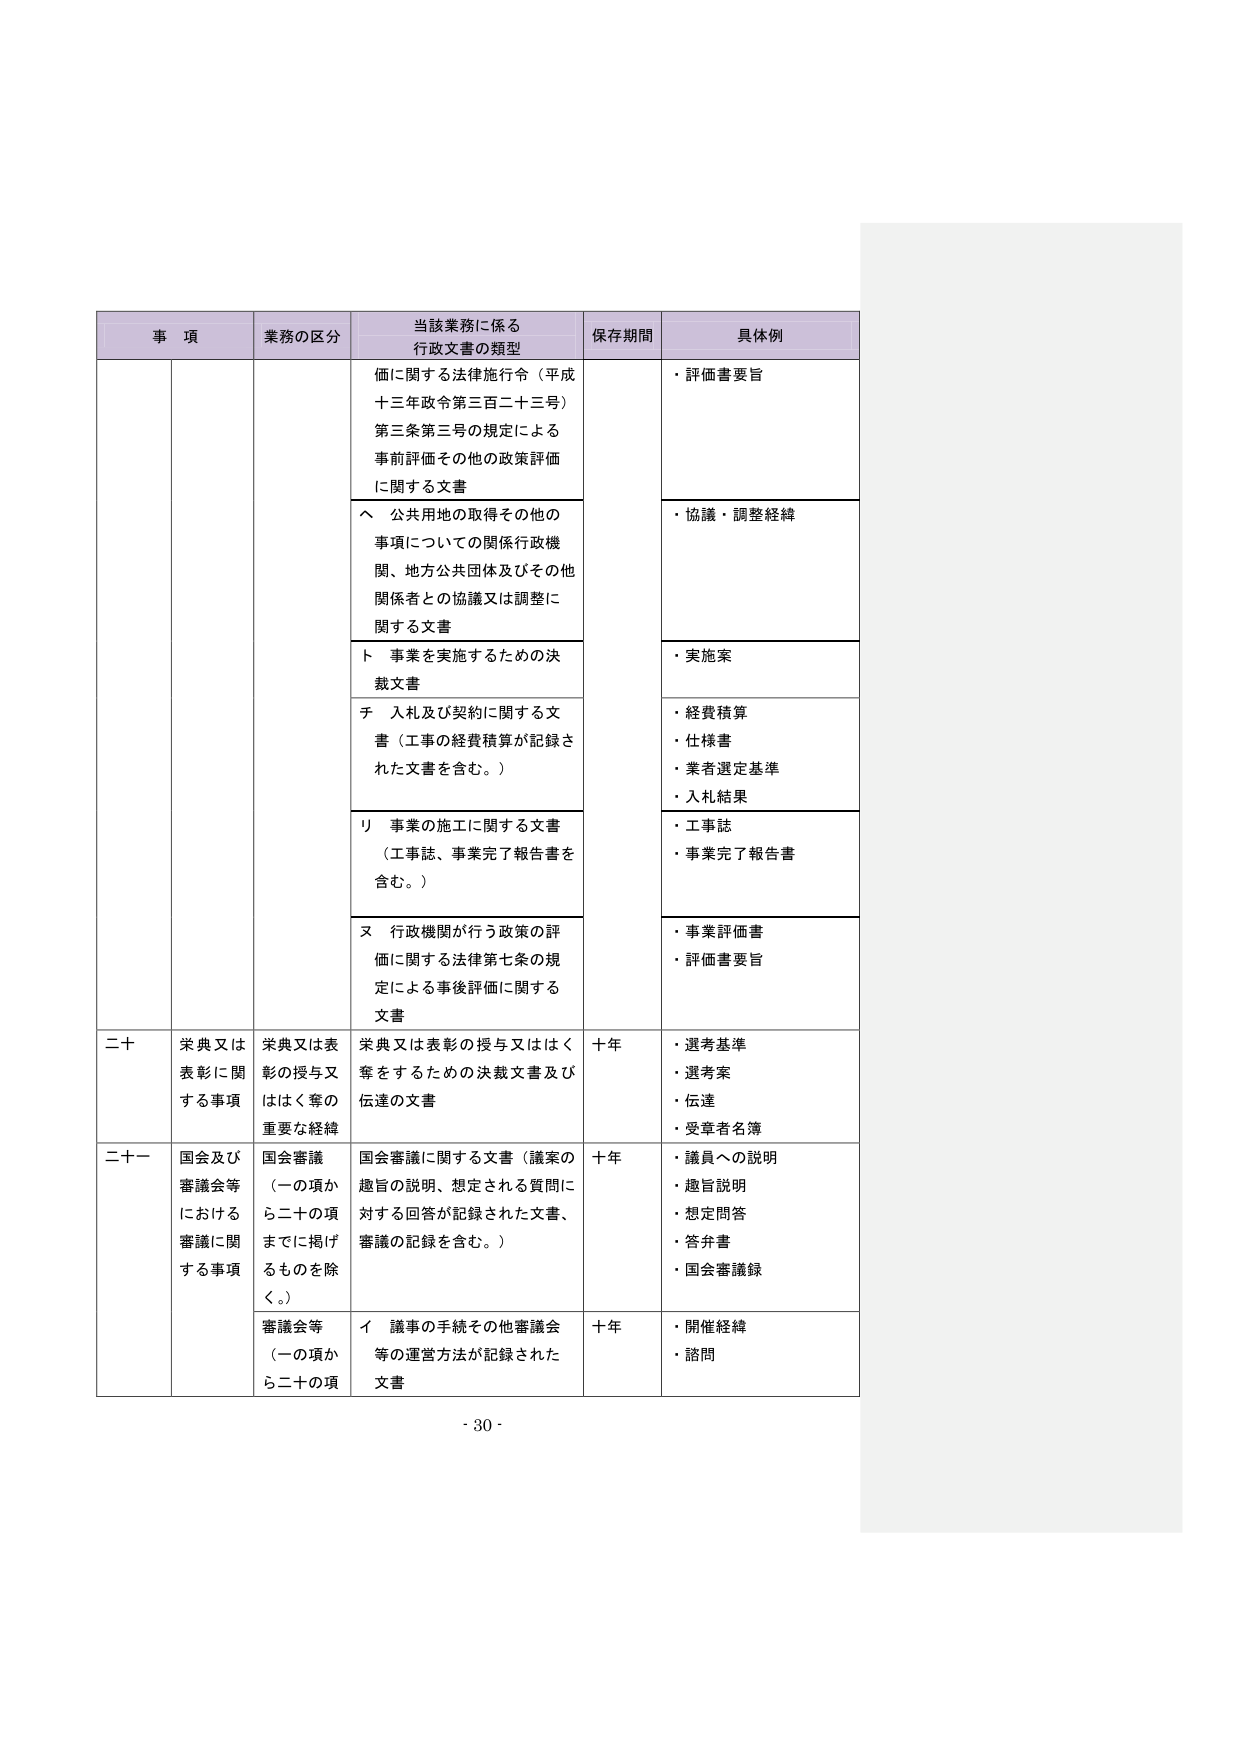
事 項 業務の区分 当該業務に係る 行政文書の類型 保存期間 具体例 価に関する法律施行令（平成 十三年政令第三百二十三号） 第三条第三号の規定による 事前評価その他の政策評価 に関する文書 ・評価書要旨 へ 公共用地の取得その他の 事項についての関係行政機 関、地方公共団体及びその他 関係者との協議又は調整に 関する文書 ・協議・調整経緯 ト 事業を実施するための決 裁文書 ・実施案 チ 入札及び契約に関する文 書（工事の経費積算が記録さ れた文書を含む。） ・経費積算 ・仕様書 ・業者選定基準 ・入札結果 リ 事業の施工に関する文書 （工事誌、事業完了報告書を 含む。） ・工事誌 ・事業完了報告書 ヌ 行政機関が行う政策の評 価に関する法律第七条の規 定による事後評価に関する 文書 ・事業評価書 ・評価書要旨 二十 栄典又は 表彰に関 する事項 栄典又は表 彰の授与又 ははく奪の 重要な経緯 栄典又は表彰の授与又ははく 奪をするための決裁文書及び 伝達の文書 十年 ・選考基準 ・選考案 ・伝達 ・受章者名簿 二十一 国会及び 審議会等 における 審議に関 する事項 国会審議 （一の項か ら二十の項 までに掲げ るものを除 く。） 国会審議に関する文書（議案の 趣旨の説明、想定される質問に 対する回答が記録された文書、 審議の記録を含む。） 十年 ・議員への説明 ・趣旨説明 ・想定問答 ・答弁書 ・国会審議録 審議会等 （一の項か ら二十の項 イ 議事の手続その他審議会 等の運営方法が記録された 文書 十年 ・開催経緯 ・諮問 - 30 -